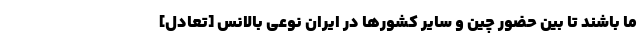
ما باشند تا بین حضور چین و سایر کشورها در ایران نوعی بالانس [تعادل]